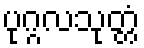
ပုဂ္ဂလသုတ္တံ